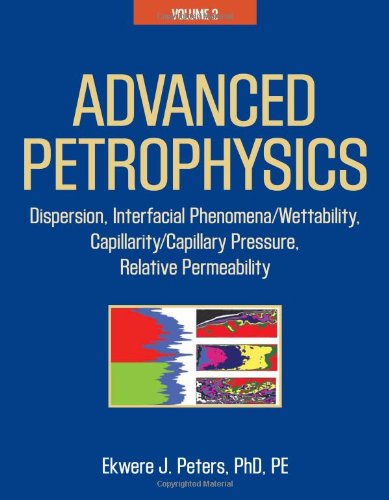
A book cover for Advanced Petrophysics: Volume 2: Dispersion, Interfacial Phenomena/Wettability, Capillarity/Capillary Pressure, Relative Permeability; Ekwere J. Peters PhD PE; Science & Math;